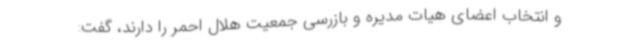
و انتخاب اعضای هیات مدیره و بازرسی جمعیت هلال احمر را دارند، گفت: